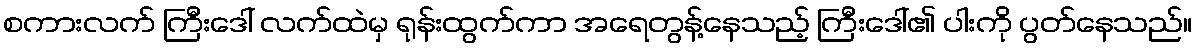
စကားလက် ကြီးဒေါ် လက်ထဲမှ ရုန်းထွက်ကာ အရေတွန့်နေသည့် ကြီးဒေါ်၏ ပါးကို ပွတ်နေသည်။